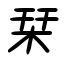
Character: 栞